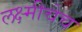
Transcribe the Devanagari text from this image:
लक्ष्मीचेच